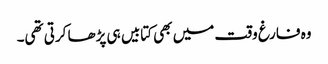
وہ فارغ وقت میں بھی کتابیں ہی پڑھا کرتی تھی۔